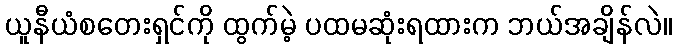
ယူနီယံစတေးရှင်ကို ထွက်မဲ့ ပထမဆုံးရထားက ဘယ်အချိန်လဲ။